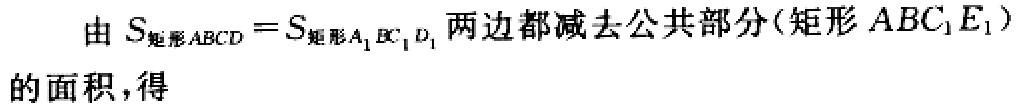
由 \(S_{矩形ABCD}=S_{矩形A_{1}BC_{1}D_{1}}\) 两边都减去公共部分(矩形 \(ABC_{1}E_{1}\))的面积，得